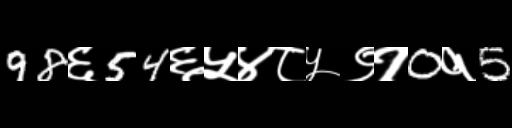
Text: 98६54६५४८५९१0१5